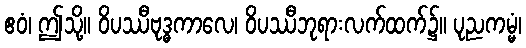
ဧဝံ၊ ဤသို့။ ဝိပဿီဗုဒ္ဓကာလေ၊ ဝိပဿီဘုရားလက်ထက်၌။ ပုညကမ္မံ၊